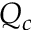
Q _ { c }